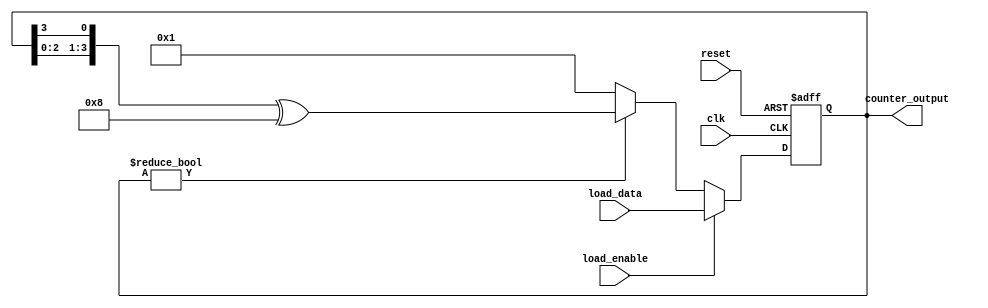
module loadable_ring_counter #(
    parameter N = 4  // Parameter for number of bits in the counter
)(
    input wire clk,                  // Clock signal
    input wire reset,                // Asynchronous reset
    input wire load_enable,          // Load enable signal
    input wire [N-1:0] load_data,    // Data to load into the counter
    output reg [N-1:0] counter_output // Current state of the counter
);

// Internal signal for the next state
reg [N-1:0] next_state;

// Asynchronous reset and loading logic
always @(posedge clk or posedge reset) begin
    if (reset) begin
        counter_output <= 0; // Reset the counter to 0
    end else if (load_enable) begin
        counter_output <= load_data; // Load new data when enabled
    end else begin
        // Ring counter logic
        next_state = {counter_output[N-2:0], counter_output[N-1]}; // Shift left
        // Set the first flip-flop high based on the current state
        if (counter_output != 0) begin
            counter_output <= next_state ^ (1 << (N-1)); // Toggle the last bit back to first
        end else begin
            counter_output <= 1; // If counter is 0, set the first flip-flop high
        end
    end
end

endmodule